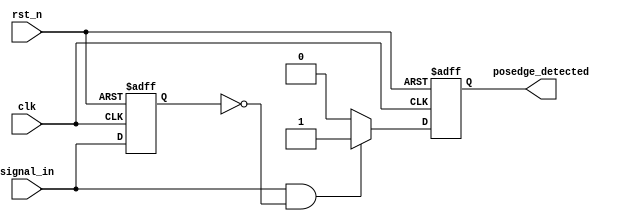
module posedge_detector (
    input wire clk,               // Clock input
    input wire rst_n,             // Active low reset
    input wire signal_in,         // Input signal to detect rising edge
    output reg posedge_detected    // Output pulse for rising edge detection
);

    reg signal_in_prev;           // Register to hold the previous state of the input signal

    always @(posedge clk or negedge rst_n) begin
        if (!rst_n) begin
            // Reset condition
            signal_in_prev <= 1'b0; // Initialize previous signal to low
            posedge_detected <= 1'b0; // Initialize output to low
        end else begin
            // Rising edge detection logic
            if (signal_in && !signal_in_prev) begin
                posedge_detected <= 1'b1; // Set output high on rising edge
            end else begin
                posedge_detected <= 1'b0; // Reset output to low otherwise
            end
            
            // Update previous state
            signal_in_prev <= signal_in; // Store current state for next clock cycle
        end
    end

endmodule